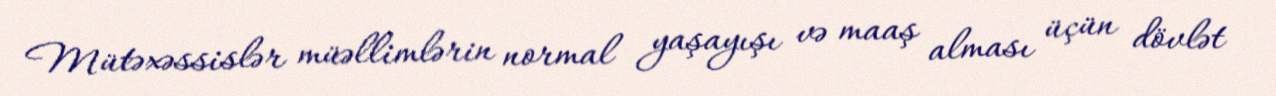
Mütəxəssislər müəllimlərin normal yaşayışı və maaş alması üçün dövlət